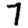
Digit: 7